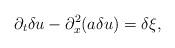
LaTeX: \begin{align*}\partial_t\delta u-\partial_x^2(a\delta u)=\delta\xi,\end{align*}